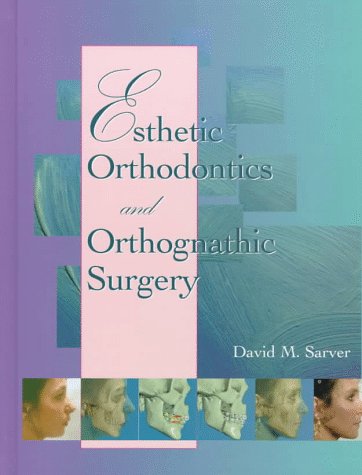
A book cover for Esthetic Orthodontics and Orthognathic Surgery, 1e; David M. Sarver DMD  MS; Medical Books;